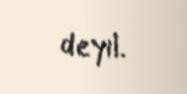
deyil.